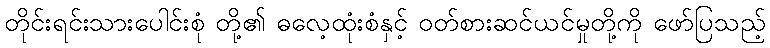
တိုင်းရင်းသားပေါင်းစုံ တို့၏ ဓလေ့ထုံးစံနှင့် ဝတ်စားဆင်ယင်မှုတို့ကို ဖော်ပြသည့်